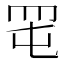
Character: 𦊉